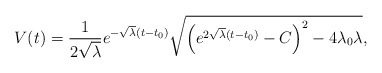
\begin{align*}V(t) = \frac1{2\sqrt{\lambda}} e^{-\sqrt{\lambda}(t-t_0)} \sqrt{\left( e^{2\sqrt{\lambda}(t-t_0)} - C \right)^2 - 4 \lambda_0\lambda},\end{align*}